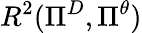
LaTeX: R^{2}(\Pi^{D},\Pi^{\theta})